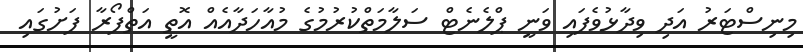
މިނިސްޓަރު އަދި ވިދާޅުވެފައި ވަނީ ޕްލެނެޓް ސަލާމަތްކުރުމުގެ މުއާހަދާއެއް އޮތީ އަތްފޯރާ ފަށުގައި